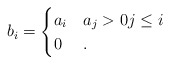
\begin{align*}b_i = \begin{cases}a_i & a_j > 0 j \le i \\0 & . \end{cases} \end{align*}